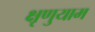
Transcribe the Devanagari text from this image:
क्षृणुयाम